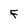
Character: F